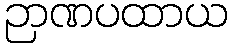
ဉာဏပထာယ